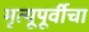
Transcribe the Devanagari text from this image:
मृत्यूपूर्वीचा